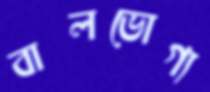
বালভোগ্য